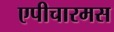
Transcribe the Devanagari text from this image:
एपीचारमस